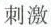
刺激